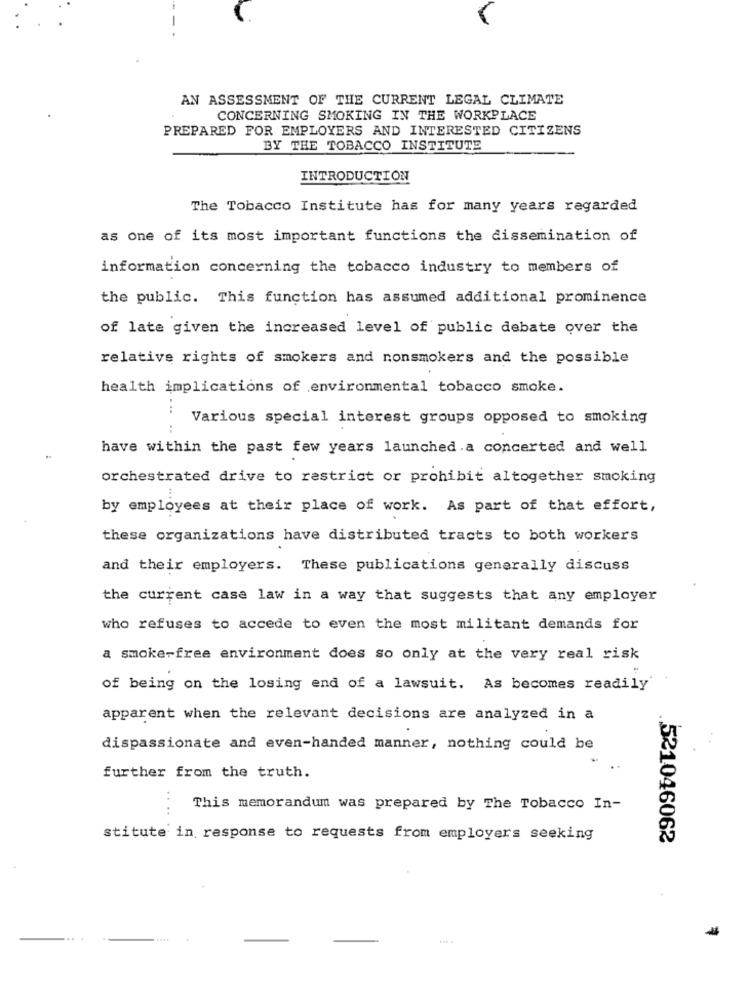
AN ASSESSMENT OF THE CURRENT LEGAL CLIMATE
CONCERNING SMOKING IN THE WORKPLACE
PREPARED FOR EMPLOYERS AND INTERESTED CITIZENS
BY THE TOBACCO INSTITUTE
INTRODUCTION
The Tobacco Institute has for many years regarded
as one of its most important functions the dissemination of
information concerning the tobacco industry to members of
the public. This function has assumed additional prominence
of late given the increased level of public debate over the
relative rights of smokers and nonsmokers and the possible
health implications of environmental tobacco smoke.
Various special interest groups opposed to smoking
have within the past few years launched.a concerted and well
orchestrated drive to restrict or prohibit altogether smoking
by employees at their place of work. As part of that effort,
these organizations have distributed tracts to both workers
and their employers. These publications generally discuss
the current case law in a way that suggests that any employer
who refuses to accede to even the most militant demands for
a smoke-free environment does so only at the very real risk
of being on the losing end of a lawsuit. As becomes readily
apparent when the relevant decisions are analyzed in a
dispassionate and even-handed manner, nothing could be
further from the truth.
This memorandum was prepared by The Tobacco In-
stitute in response to requests from employers seeking
.521046062